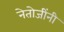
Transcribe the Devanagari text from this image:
नेतोजींनी